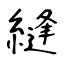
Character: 縫